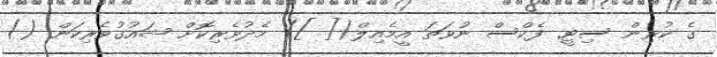
ގެ ކުރިން ސިޓީ